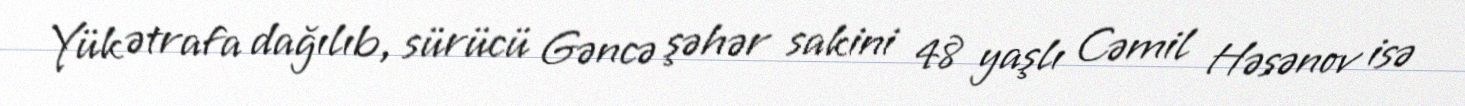
Yük ətrafa dağılıb, sürücü Gəncə şəhər sakini 48 yaşlı Cəmil Həsənov isə